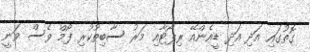
ގޮތުގައި އަދި އަދި ޑީއެންއޭ ރިޕޯޓާއި މަރު ސާބިތުކުރި ފޯމް ވެސް ވަނީ